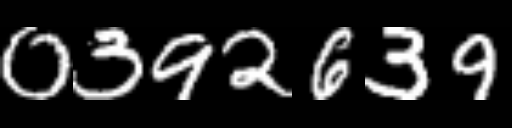
Text: 0392639